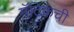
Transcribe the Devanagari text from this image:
मॅटिकची